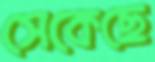
সেকেছে